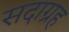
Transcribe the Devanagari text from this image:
सदाग्रह